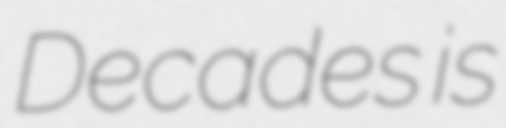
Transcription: Decades is